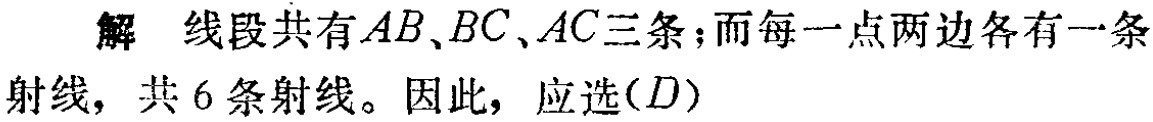
解 线段共有\(AB、BC、AC\)三条；而每一点两边各有一条射线，共\(6\)条射线。因此，应选\((D)\)